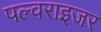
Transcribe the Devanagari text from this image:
पल्वराइजर